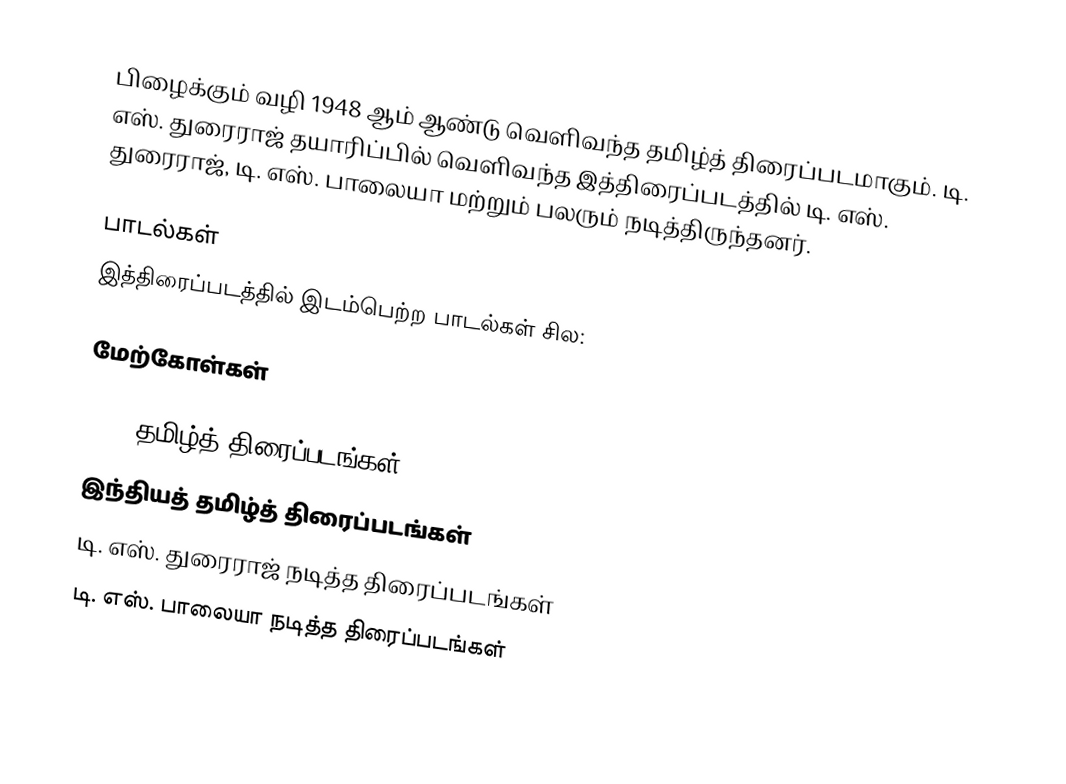
பிழைக்கும் வழி 1948 ஆம் ஆண்டு வெளிவந்த தமிழ்த் திரைப்படமாகும். டி. எஸ். துரைராஜ் தயாரிப்பில் வெளிவந்த இத்திரைப்படத்தில் டி. எஸ். துரைராஜ், டி. எஸ். பாலையா மற்றும் பலரும் நடித்திருந்தனர்.

பாடல்கள்
இத்திரைப்படத்தில் இடம்பெற்ற பாடல்கள் சில:

மேற்கோள்கள்

1948 தமிழ்த் திரைப்படங்கள்
இந்தியத் தமிழ்த் திரைப்படங்கள்
டி. எஸ். துரைராஜ் நடித்த திரைப்படங்கள்
டி. எஸ். பாலையா நடித்த திரைப்படங்கள்